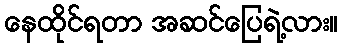
နေထိုင်ရတာ အဆင်ပြေရဲ့လား။